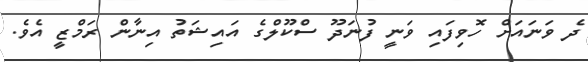
ދެ ވަނައަށް ހޮވިފައި ވަނީ ފުނަދޫ ސްކޫލްގެ އައިޝަތު އިނާން ރަމްޒީ އެވެ.